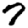
Digit: 7